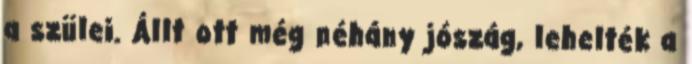
a szülei. Állt ott még néhány jószág, lehelték a